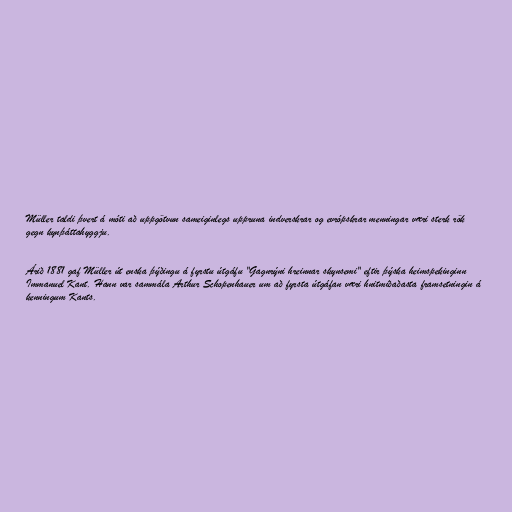
Müller taldi þvert á móti að uppgötvun sameiginlegs uppruna indverskrar og evrópskrar menningar væri sterk rök
gegn kynþáttahyggju.

Árið 1881 gaf Müller út enska þýðingu á fyrstu útgáfu "Gagnrýni hreinnar skynsemi" eftir þýska heimspekinginn
Immanuel Kant. Hann var sammála Arthur Schopenhauer um að fyrsta útgáfan væri hnitmiðaðasta framsetningin á
kenningum Kants.